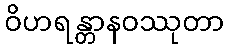
ဝိဟရန္တာနဝဿုတာ